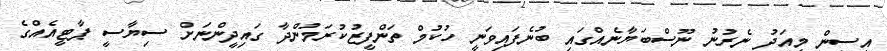
އީސީން މިއަދު ނެރުނު ނޫސްބަޔާނެއްގައި ބުނެފައިވަނީ ހުކުމް ތަންފީޒުކުރަމުންދާ ގައިދީންނަށް ސިޔާސީ ޕާޓީއެއްގެ